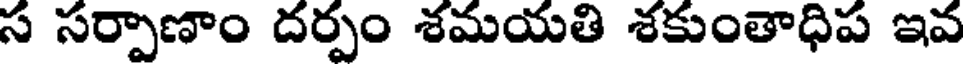
స సర్పాణాం దర్పం శమయతి శకుంతాధిప ఇవ